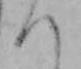
つ